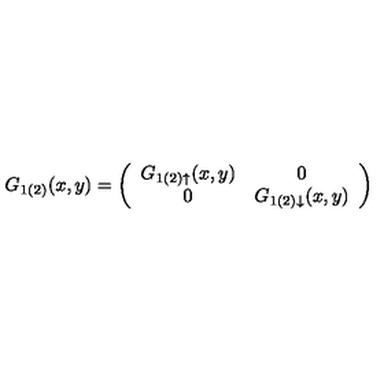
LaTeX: G _ { 1 ( 2 ) } ( x , y ) = \left( \begin{array} { c c } { G _ { 1 ( 2 ) \uparrow } ( x , y ) } & { 0 \nonumber } \\ { 0 } & { G _ { 1 ( 2 ) \downarrow } ( x , y ) } \\ \end{array} \right)